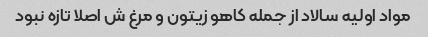
مواد اولیه سالاد از جمله کاهو زیتون و مرغ ش اصلا تازه نبود